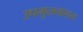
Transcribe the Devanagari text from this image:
उपमुख्यालय